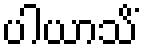
ပါယာသိံ